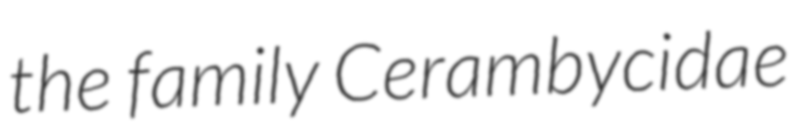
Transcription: the family Cerambycidae